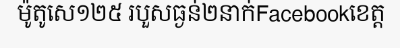
ម៉ូតូសេ១២៥ របួសធ្ងន់២នាក់Facebookខេត្ត